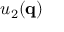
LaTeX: u _ { 2 } ( \mathbf { q } )